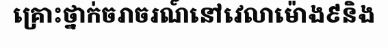
គ្រោះថ្នាក់ចរាចរណ៍នៅវេលាម៉ោង៩និង